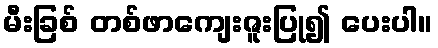
မီးခြစ် တစ်ဖာကျေးဇူးပြု၍ ပေးပါ။